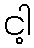
ငါ့